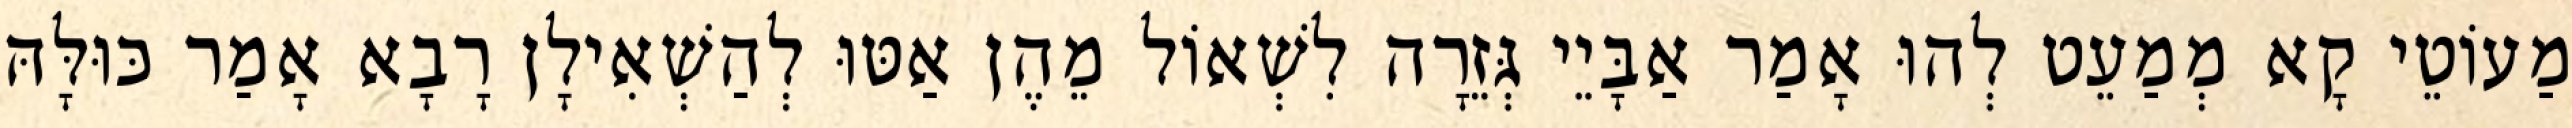
מַעוֹטֵי קָא מְמַעֵט לְהוּ אָמַר אַבָּיֵי גְּזֵרָה לִשְׁאוֹל מֵהֶן אַטּוּ לְהַשְׁאִילָן רָבָא אָמַר כּוּלָּהּ